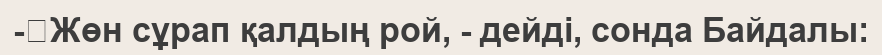
-	Жөн сұрап қалдың рой, - дейді, сонда Байдалы: